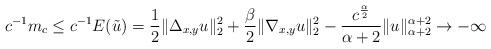
LaTeX: \begin{align*}c^{-1}m_{c}\leq c^{-1}E(\tilde{u})=\frac{1}{2}\|\Delta_{x,y}u\|_2^2+\frac{\beta}{2}\|\nabla_{x,y}u\|_2^2-\frac{c^{\frac{\alpha}{2}}}{\alpha+2}\|u\|_{\alpha+2}^{\alpha+2}\to-\infty\end{align*}